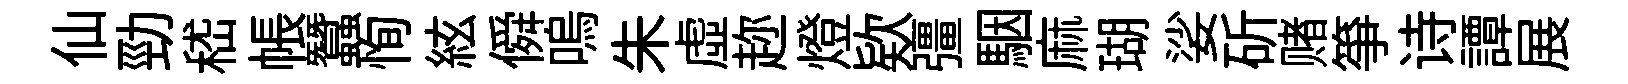
仙勁嵇帳蠶恂絃僢嗚朱虛趂燈欵彊駰麻瑚娑斫赌筝诗譚展